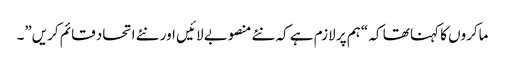
ماکروں کا کہنا تھا کہ “ہم پر لازم ہے کہ نئے منصوبے لائیں اور نئے اتحاد قائم کریں”۔